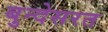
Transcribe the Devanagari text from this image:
बुन्देसरत